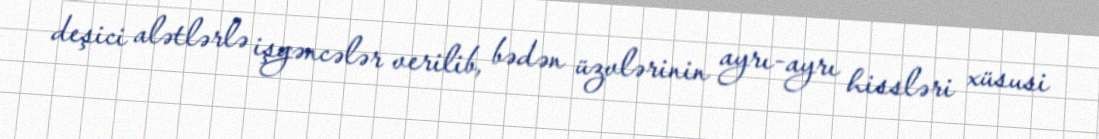
deşici alətlərlə işgəncələr verilib, bədən üzvlərinin ayrı-ayrı hissləri xüsusi